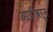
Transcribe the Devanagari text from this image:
आदीवरून